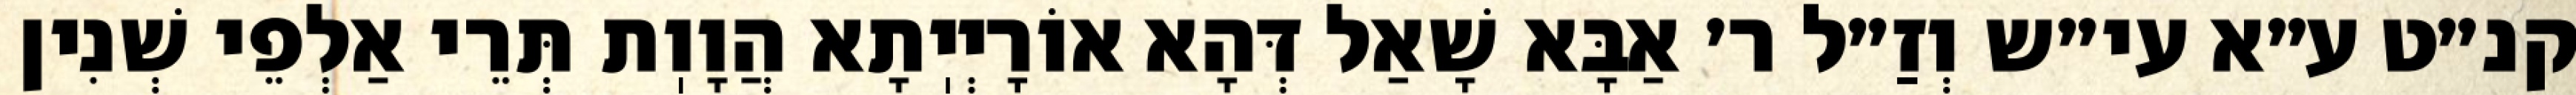
קנ״ט ע״א עי״ש וְזַ״ל ר׳ אַבָּא שָׁאַל דְּהָא אוֹרָיְיֽתָא הֲוָוֽת תְּרֵי אַלְפֵי שְׁנִין